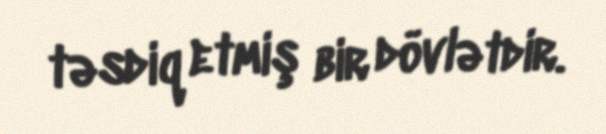
təsdiq etmiş bir dövlətdir.